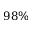
9 8 \%